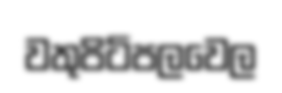
වතුපිටිපලවෙල